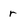
Character: r